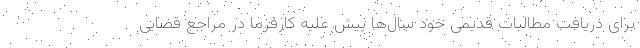
برای دریافت مطالبات قدیمی خود سال‌ها پیش علیه کارفرما در مراجع قضایی